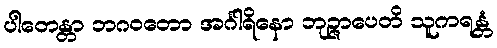
ပါတေန္တာ ဘဂဝတော အင်္ဂါရိနော ဘုဉ္ဇာပေတိ သူကရန္တံ